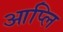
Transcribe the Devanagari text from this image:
आप्लि